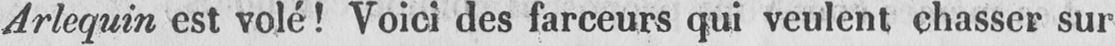
Arlequin est volé! Voici des farceurs qui veulent chasser sur